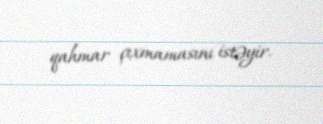
qahmar çıxmamasını istəyir.